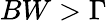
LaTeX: BW>\Gamma